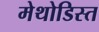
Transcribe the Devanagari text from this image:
मेथोडिस्त